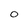
Character: 0